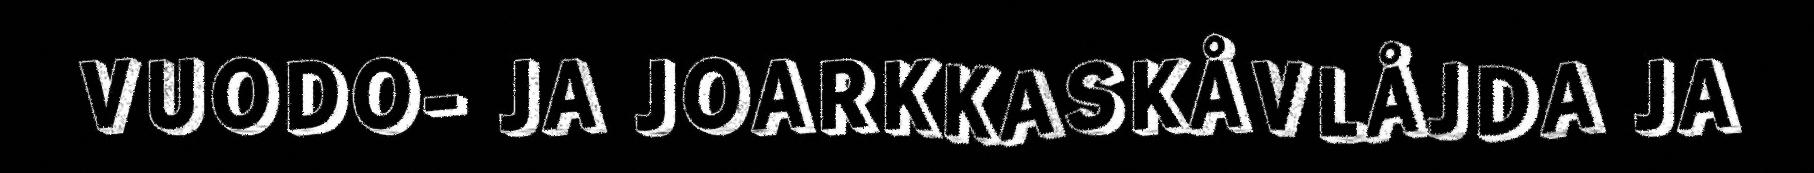
VUODO- JA JOARKKASKÅVLÅJDA JA